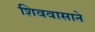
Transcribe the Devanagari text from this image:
शिववासाने